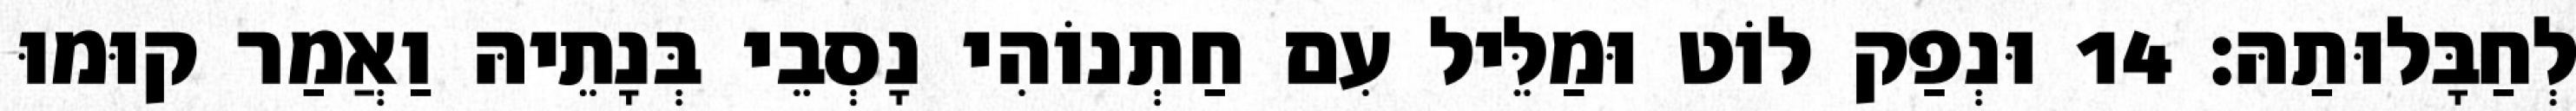
לְחַבָּלוּתַהּ׃ 14 וּנְפַק לוֹט וּמַלֵּיל עִם חַתְנוֹהִי נָסְבֵי בְּנָתֵיהּ וַאֲמַר קוּמוּ